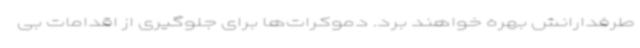
طرفدارانش بهره خواهند برد. دموکرات‌ها برای جلوگیری از اقدامات بی‌